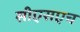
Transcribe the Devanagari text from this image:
सीएसएच